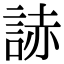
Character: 𧨃